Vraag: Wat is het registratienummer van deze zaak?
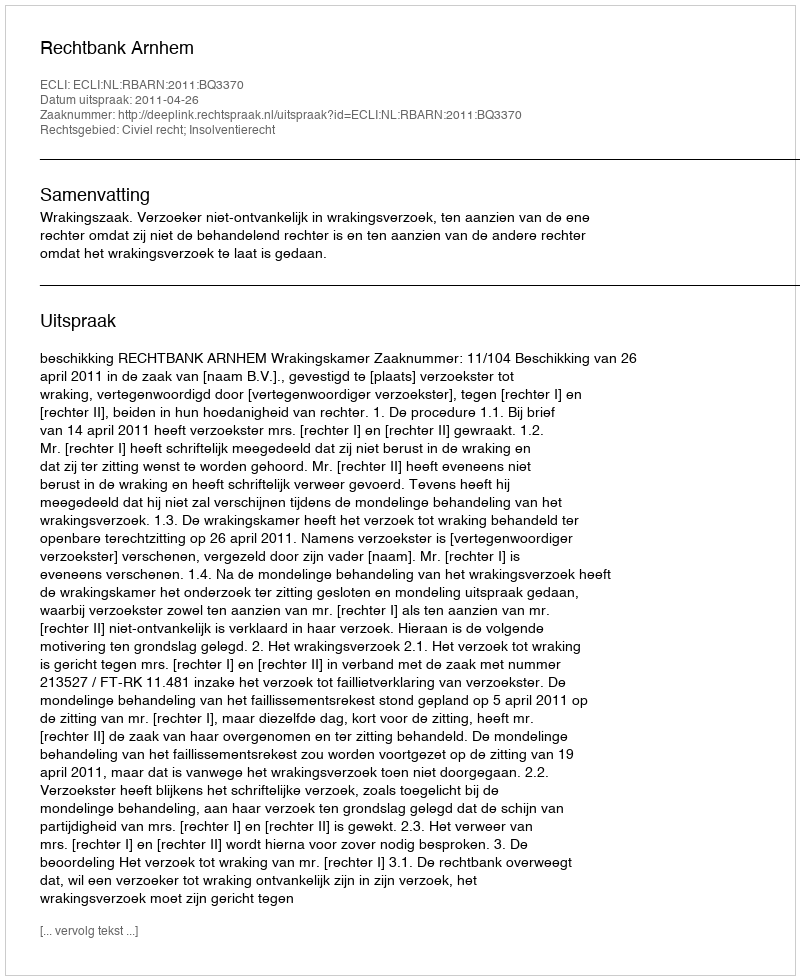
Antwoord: http://deeplink.rechtspraak.nl/uitspraak?id=ECLI:NL:RBARN:2011:BQ3370